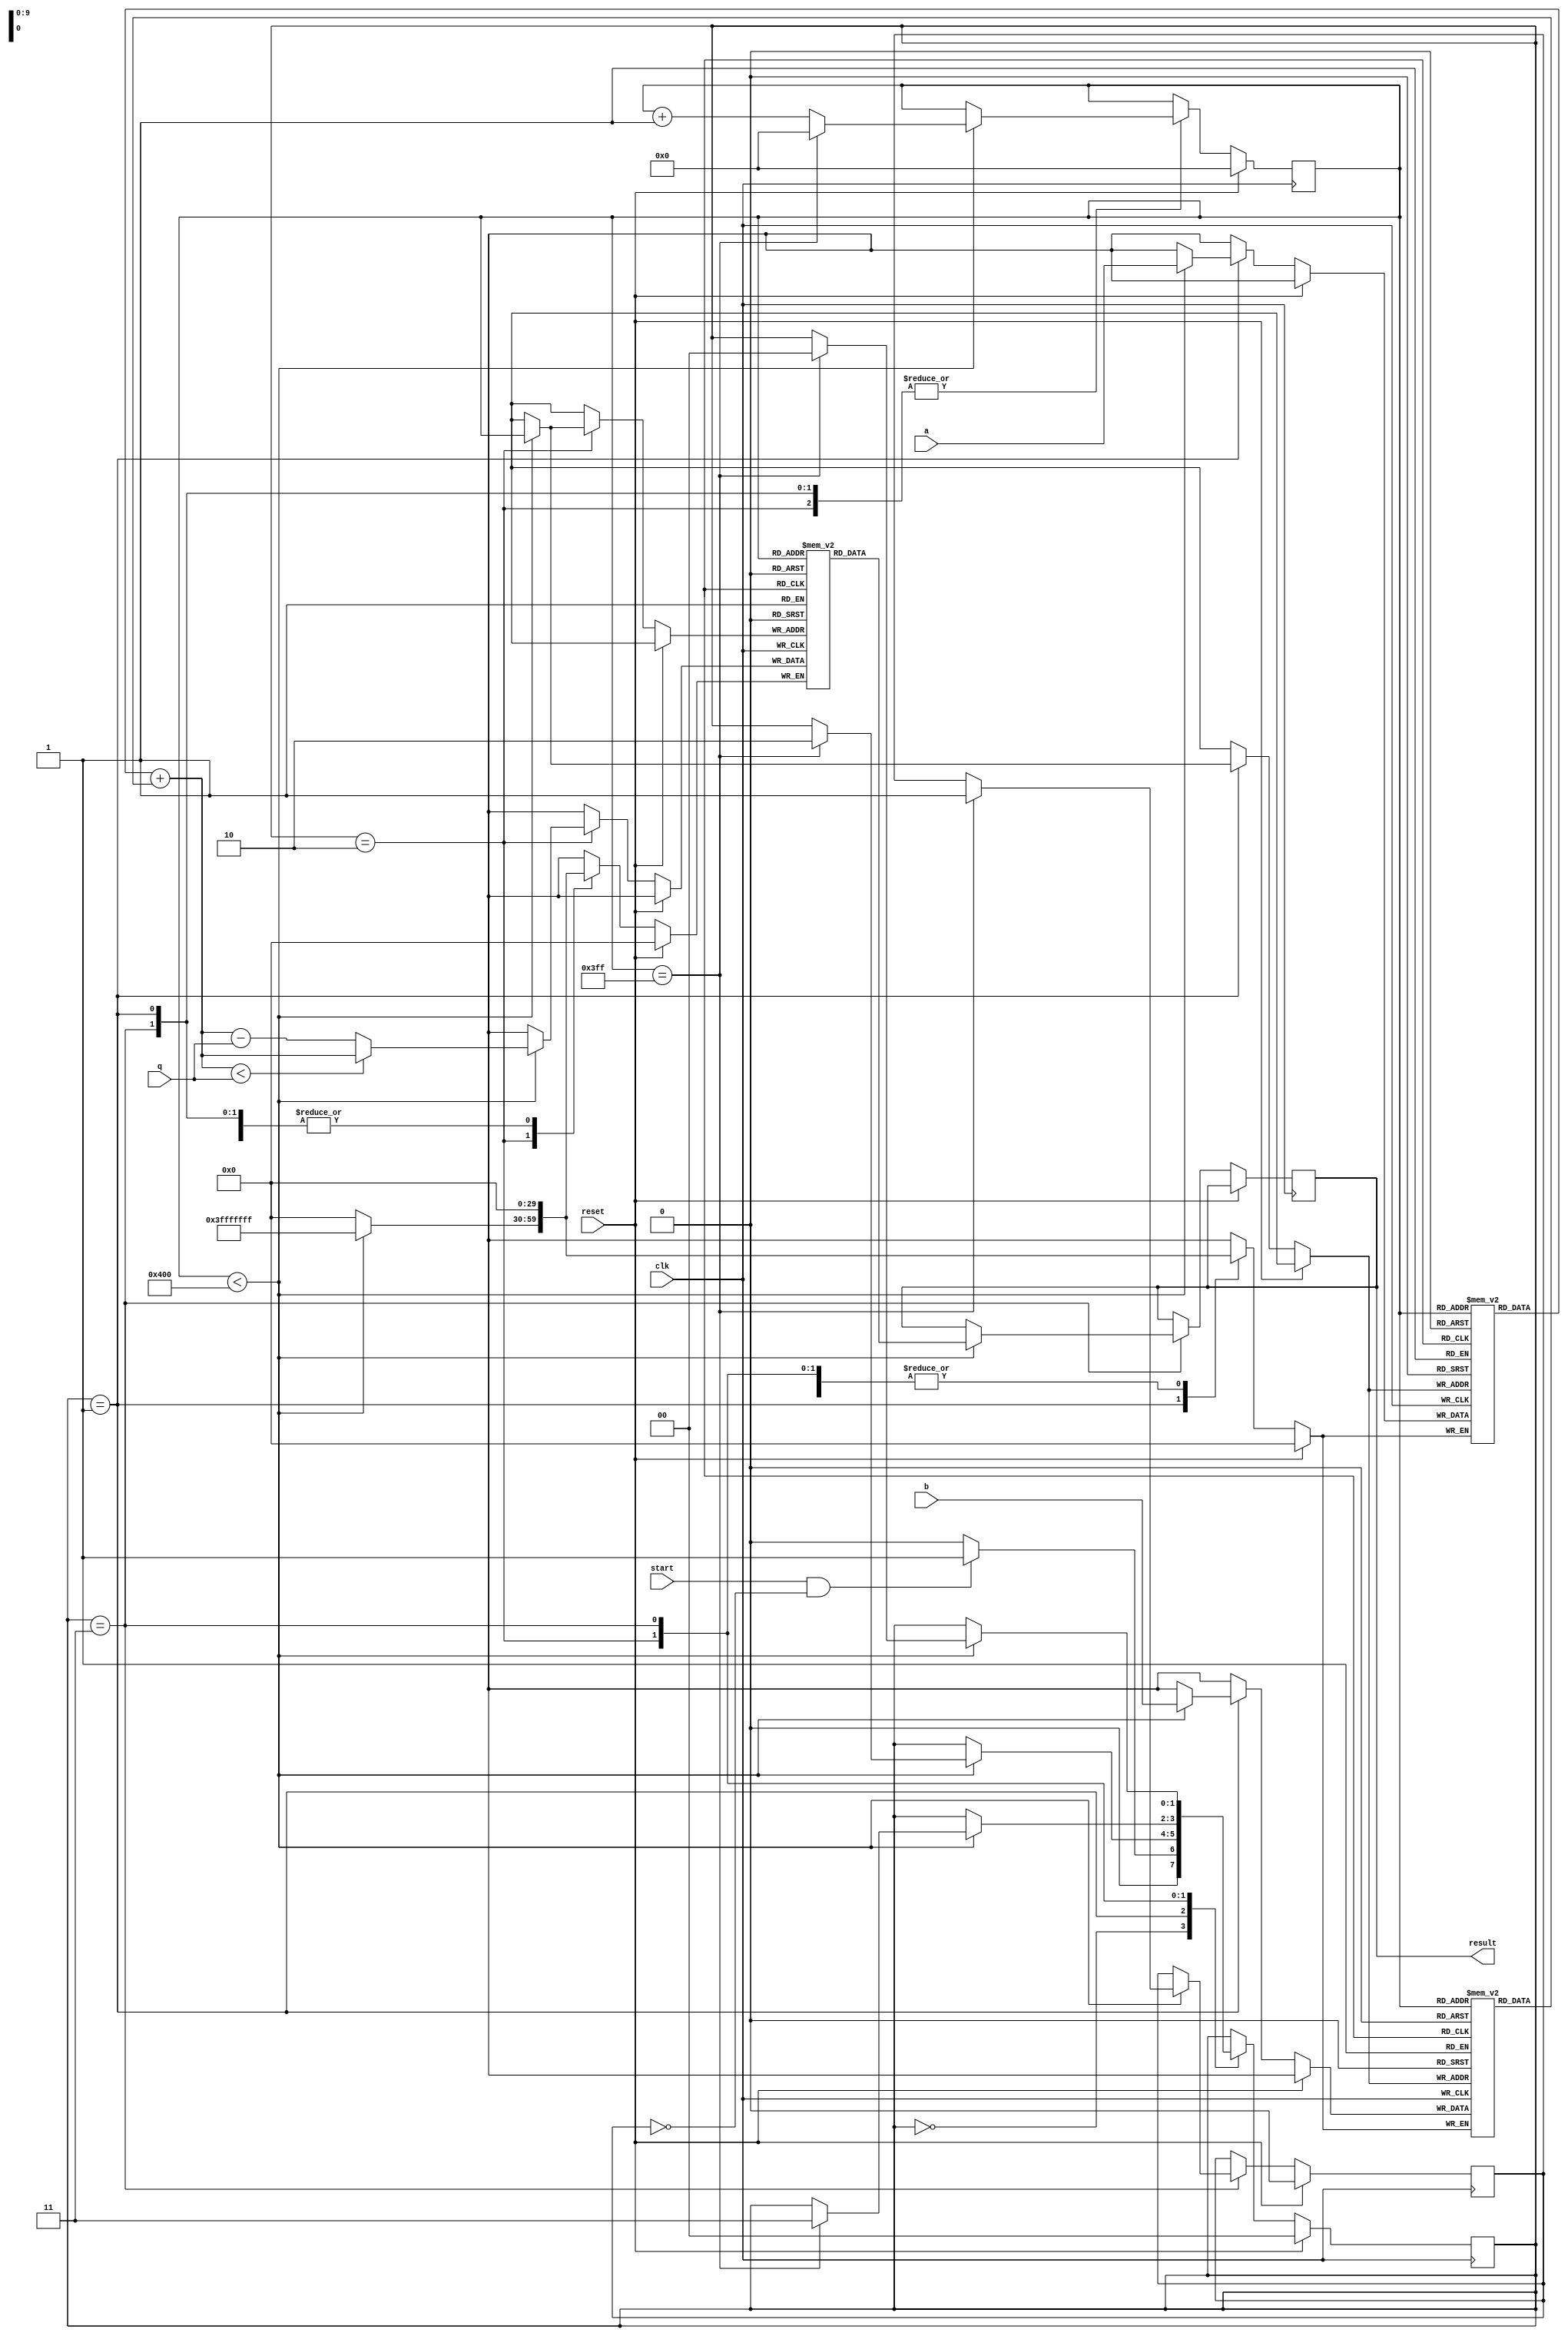
`timescale 1ns / 1ps

/** @module : polynomial_add
 *  @author : Secure Trusted and Assured Microelectronics (STAM) Center

 *  Copyright (c) 2023 PQC.Secure (STAM/SCAI/ASU)
 *  Permission is hereby granted, free of charge, to any person obtaining a copy
 *  of this software and associated documentation files (the "Software"), to deal
 *  in the Software without restriction, including without limitation the rights
 *  to use, copy, modify, merge, publish, distribute, sublicense, and/or sell
 *  copies of the Software, and to permit persons to whom the Software is
 *  furnished to do so, subject to the following conditions:
 *  The above copyright notice and this permission notice shall be included in
 *  all copies or substantial portions of the Software.
 *
 *  THE SOFTWARE IS PROVIDED "AS IS", WITHOUT WARRANTY OF ANY KIND, EXPRESS OR
 *  IMPLIED, INCLUDING BUT NOT LIMITED TO THE WARRANTIES OF MERCHANTABILITY,
 *  FITNESS FOR A PARTICULAR PURPOSE AND NONINFRINGEMENT. IN NO EVENT SHALL THE
 *  AUTHORS OR COPYRIGHT HOLDERS BE LIABLE FOR ANY CLAIM, DAMAGES OR OTHER
 *  LIABILITY, WHETHER IN AN ACTION OF CONTRACT, TORT OR OTHERWISE, ARISING FROM,
 *  OUT OF OR IN CONNECTION WITH THE SOFTWARE OR THE USE OR OTHER DEALINGS IN
 *  THE SOFTWARE.
 *
 *
 */

module polynomial_add(clk, reset, start, a, b, q, result);
    
    input clk;
    input reset;
    input start;
    input [29:0] a, b;
    input [29:0] q;
    output reg [29:0] result;
    
    reg [29:0] temp_a [0:1023];
    reg [29:0] temp_b [0:1023];
    reg [29:0] temp_result [0:1023];
    
    reg [1:0] STATE;
    parameter IDLE = 0;
    parameter STORE = 1;
    parameter COMPUTE = 2;
    parameter OUTPUT = 3;
    
    reg done;
    reg [9:0] count;
    
    always @(posedge clk) begin
        if (reset) begin
            STATE <= 0;
            //temp_result <= 0;
            count <= 0;
            done <= 0;
        end
        else begin
        case(STATE)
            IDLE:
            begin
                if (start && !done)
                    STATE <= STORE;
                else
                    STATE <= IDLE;
            end
            
            STORE:
            begin
                if (count < 1024) begin
                    temp_a[count] <= a;
                    temp_b[count] <= b;
                    count <= count + 1;
                    if (count == 1023) begin
                        count <= 0;
                        STATE <= COMPUTE;
                    end
                end
            end
            
            COMPUTE:
            begin
                if (count < 1024) begin
                    temp_result[count] <= (temp_a[count] + temp_b[count] < q) ? (temp_a[count] + temp_b[count]) : (temp_a[count] + temp_b[count] - q);
                    count <= count + 1;
                    if (count == 1023) begin
                        count <= 0;
                        STATE <= OUTPUT;
                    end
                end
            end
            
            OUTPUT:
            begin
                if (count < 1024) begin
                    result <= temp_result[count];
                    count <= count + 1;
                    if (count == 1023) begin
                        count <= 0;
                        done <= 1;
                        STATE <= IDLE;
                    end
                end
            end
        endcase
        end
    end

endmodule